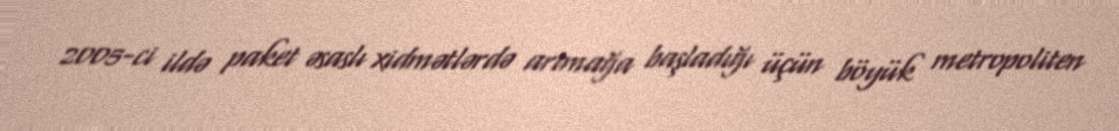
2005-ci ildə paket əsaslı xidmətlərdə artmağa başladığı üçün böyük metropoliten